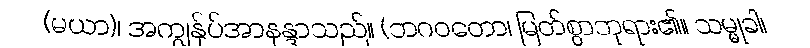
(မယာ)၊ အကျွန်ုပ်အာနန္ဒာသည်။ (ဘဂဝတော၊ မြတ်စွာဘုရား၏။ သမ္မုခါ၊